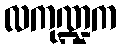
လကုဏ္ဍက